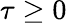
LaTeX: \tau\geq 0